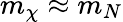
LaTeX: m_{\chi}\approx m_{N}